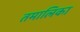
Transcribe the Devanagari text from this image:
तमालिका